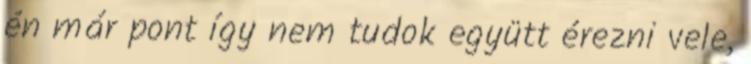
én már pont így nem tudok együtt érezni vele,